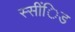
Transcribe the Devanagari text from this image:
स्सींिड